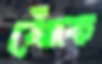
ঝোঁক